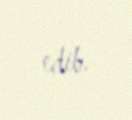
edib.